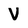
Character: V